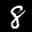
Label: 8